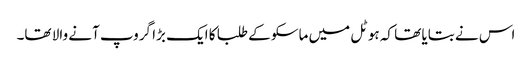
اس نے بتایا تھا کہ ہوٹل میں ماسکو کے طلبا کا ایک بڑا گروپ آنے والا تھا۔